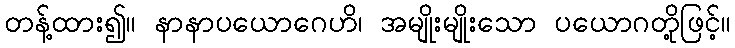
တန့်ထား၍။ နာနာပယောဂေဟိ၊ အမျိုးမျိုးသော ပယောဂတို့ဖြင့်။